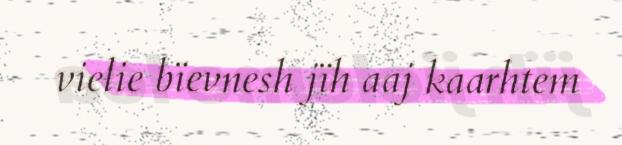
vielie bïevnesh jïh aaj kaarhtem